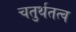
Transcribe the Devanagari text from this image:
चतुर्थतत्व